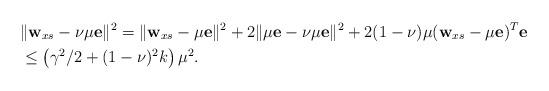
LaTeX: \begin{align*}\begin{aligned}&\|\mathbf{w}_{xs}-\nu\mu\mathbf{e}\|^2 =\|\mathbf{w}_{xs}-\mu\mathbf{e}\|^2 + 2\|\mu\mathbf{e}-\nu\mu\mathbf{e}\|^2 +2(1-\nu)\mu(\mathbf{w}_{xs}-\mu\mathbf{e})^T\mathbf{e}\\&\le \left(\gamma^2/2+(1-\nu)^2k\right)\mu^2.\end{aligned}\end{align*}